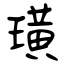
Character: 璜